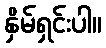
နှိမ်ရှင်းပါ။